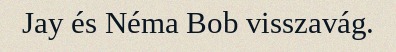
Jay és Néma Bob visszavág.